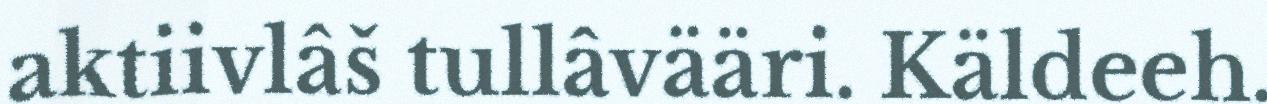
aktiivlâš tullâvääri. Käldeeh.